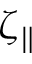
\zeta _ { \parallel }